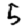
Digit: 5